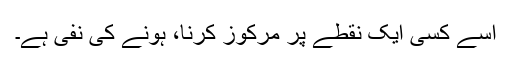
اسے کسی ایک نقطے پر مرکوز کرنا، ہونے کی نفی ہے۔